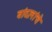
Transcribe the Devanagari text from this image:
बांदलांचे